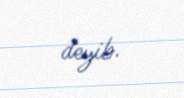
deyib.